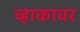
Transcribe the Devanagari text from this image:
व्हाकावर